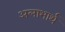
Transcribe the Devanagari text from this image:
अलाभार्थ